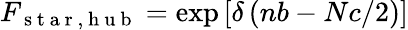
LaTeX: F_{\mathrm{~s~t~a~r~},\mathrm{~h~u~b~}}=\exp\left[\delta\left(nb-Nc/2\right)\right]